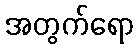
အတွက်ရော